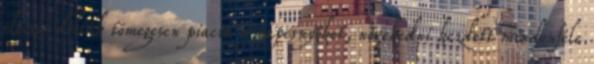
először dobták tömegesen piacra a napernyőket, növekedni kezdett mindenféle